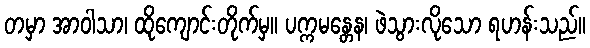
တမှာ အာဝါသာ၊ ထိုကျောင်းတိုက်မှ။ ပက္ကမန္တေန၊ ဖဲသွားလိုသော ရဟန်းသည်။